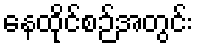
နေထိုင်စဉ်အတွင်း